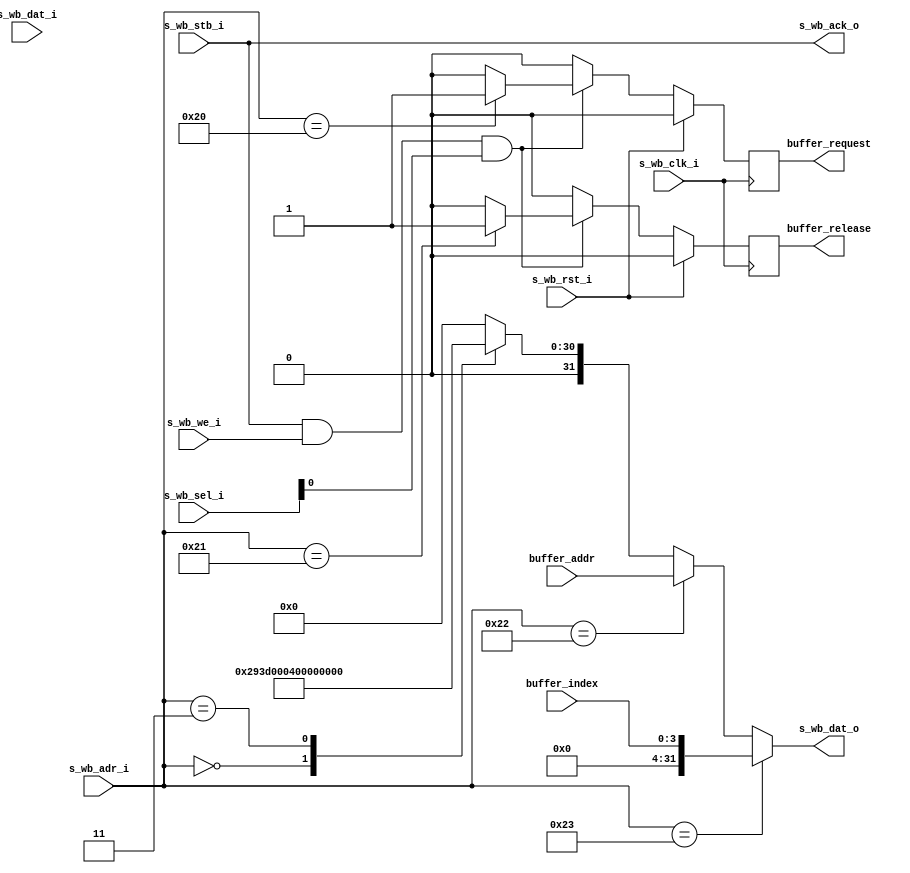
// ---------------------------------------------------------------------------
//  Jelly  -- The platform for real-time computing
//
//                                 Copyright (C) 2008-2020 by Ryuji Fuchikami
//                                 https://github.com/ryuz/jelly.git
// ---------------------------------------------------------------------------



`timescale 1ns / 1ps
`default_nettype none


// 
module jelly_buffer_allocator
        #(
            parameter NUM          = 1,
            parameter ADDR_WIDTH   = 32,
            parameter INDEX_WIDTH  = 4,
            
            parameter WB_ADR_WIDTH = 8,
            parameter WB_DAT_WIDTH = 32,
            parameter WB_SEL_WIDTH = (WB_DAT_WIDTH / 8),
            
            parameter CORE_ID      = 32'h527a_0008,
            parameter CORE_VERSION = 32'h0000_0000
        )
        (
            input   wire                                    s_wb_rst_i,
            input   wire                                    s_wb_clk_i,
            input   wire    [WB_ADR_WIDTH-1:0]              s_wb_adr_i,
            input   wire    [WB_DAT_WIDTH-1:0]              s_wb_dat_i,
            output  wire    [WB_DAT_WIDTH-1:0]              s_wb_dat_o,
            input   wire                                    s_wb_we_i,
            input   wire    [WB_SEL_WIDTH-1:0]              s_wb_sel_i,
            input   wire                                    s_wb_stb_i,
            output  wire                                    s_wb_ack_o,
            
            output  wire    [NUM-1:0]                       buffer_request,
            output  wire    [NUM-1:0]                       buffer_release,
            input   wire    [NUM*ADDR_WIDTH-1:0]            buffer_addr,
            input   wire    [NUM*INDEX_WIDTH-1:0]           buffer_index
        );
    
    genvar                      i;
    integer                     j;
    
    
    // ---------------------------------
    //  Register
    // ---------------------------------
    
    // register address offset
    localparam  ADR_CORE_ID          = 8'h00;
    localparam  ADR_CORE_VERSION     = 8'h01;
    localparam  ADR_CORE_CONFIG      = 8'h03;
    localparam  ADR_BUFFER0_REQUEST  = 8'h20;
    localparam  ADR_BUFFER0_RELEASE  = 8'h21;
    localparam  ADR_BUFFER0_ADDR     = 8'h22;
    localparam  ADR_BUFFER0_INDEX    = 8'h23;
    
    reg         [NUM-1:0]       reg_request;
    reg         [NUM-1:0]       reg_release;
    
    always @(posedge s_wb_clk_i) begin
        if ( s_wb_rst_i ) begin
            reg_request <= {NUM{1'b0}};
            reg_release <= {NUM{1'b0}};
        end
        else begin
            reg_request <= {NUM{1'b0}};
            reg_release <= {NUM{1'b0}};
            if ( s_wb_stb_i && s_wb_we_i && s_wb_sel_i[0] ) begin
                for ( j = 0; j < NUM; j = j+1 ) begin
                    if ( s_wb_adr_i == ADR_BUFFER0_REQUEST + 4*j )  reg_request[j] <= 1'b1;
                    if ( s_wb_adr_i == ADR_BUFFER0_RELEASE + 4*j )  reg_release[j] <= 1'b1;
                end
            end
        end
    end
    
    reg     [WB_DAT_WIDTH-1:0]  wb_dat_o;
    always @* begin
        wb_dat_o = {WB_DAT_WIDTH{1'b0}};
        
        case ( s_wb_adr_i )
        ADR_CORE_ID:        wb_dat_o = CORE_ID;
        ADR_CORE_VERSION:   wb_dat_o = CORE_VERSION;
        ADR_CORE_CONFIG:    wb_dat_o = NUM;
        endcase
        
        for ( j = 0; j < NUM; j = j+1 ) begin
            if ( s_wb_adr_i == ADR_BUFFER0_ADDR  + 4*j )    wb_dat_o = buffer_addr [j*ADDR_WIDTH  +: ADDR_WIDTH];
            if ( s_wb_adr_i == ADR_BUFFER0_INDEX + 4*j )    wb_dat_o = buffer_index[j*INDEX_WIDTH +: INDEX_WIDTH];
        end
    end
    
    assign s_wb_dat_o = wb_dat_o;
    assign s_wb_ack_o = s_wb_stb_i;
    
    
    assign buffer_request = reg_request;
    assign buffer_release = reg_release;
    
    
endmodule


`default_nettype wire


// end of file